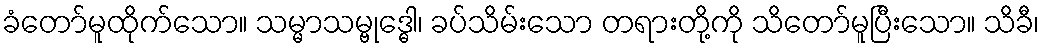
ခံတော်မူထိုက်သော။ သမ္မာသမ္ဗုဒ္ဓေါ၊ ခပ်သိမ်းသော တရားတို့ကို သိတော်မူပြီးသော။ သိခီ၊